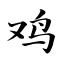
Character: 鸡